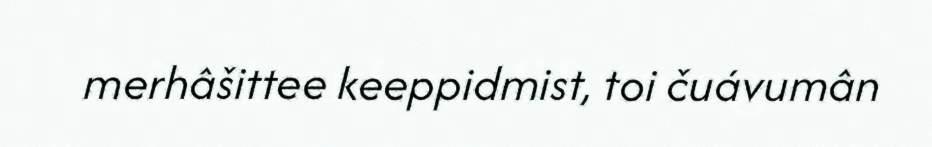
merhâšittee keeppidmist, toi čuávumân